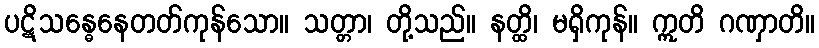
ပဋိသန္ဓေနေတတ်ကုန်သော။ သတ္တာ၊ တို့သည်။ နတ္ထိ၊ မရှိကုန်။ ဣတိ ဂဏှာတိ။